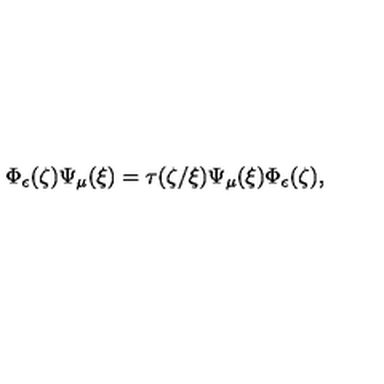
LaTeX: \Phi _ { \epsilon } ( \zeta ) \Psi _ { \mu } ( \xi ) = \tau ( \zeta / \xi ) \Psi _ { \mu } ( \xi ) \Phi _ { \epsilon } ( \zeta ) ,